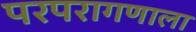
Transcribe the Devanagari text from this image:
परपरागणाला